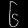
Digit: ၆